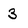
Character: 3